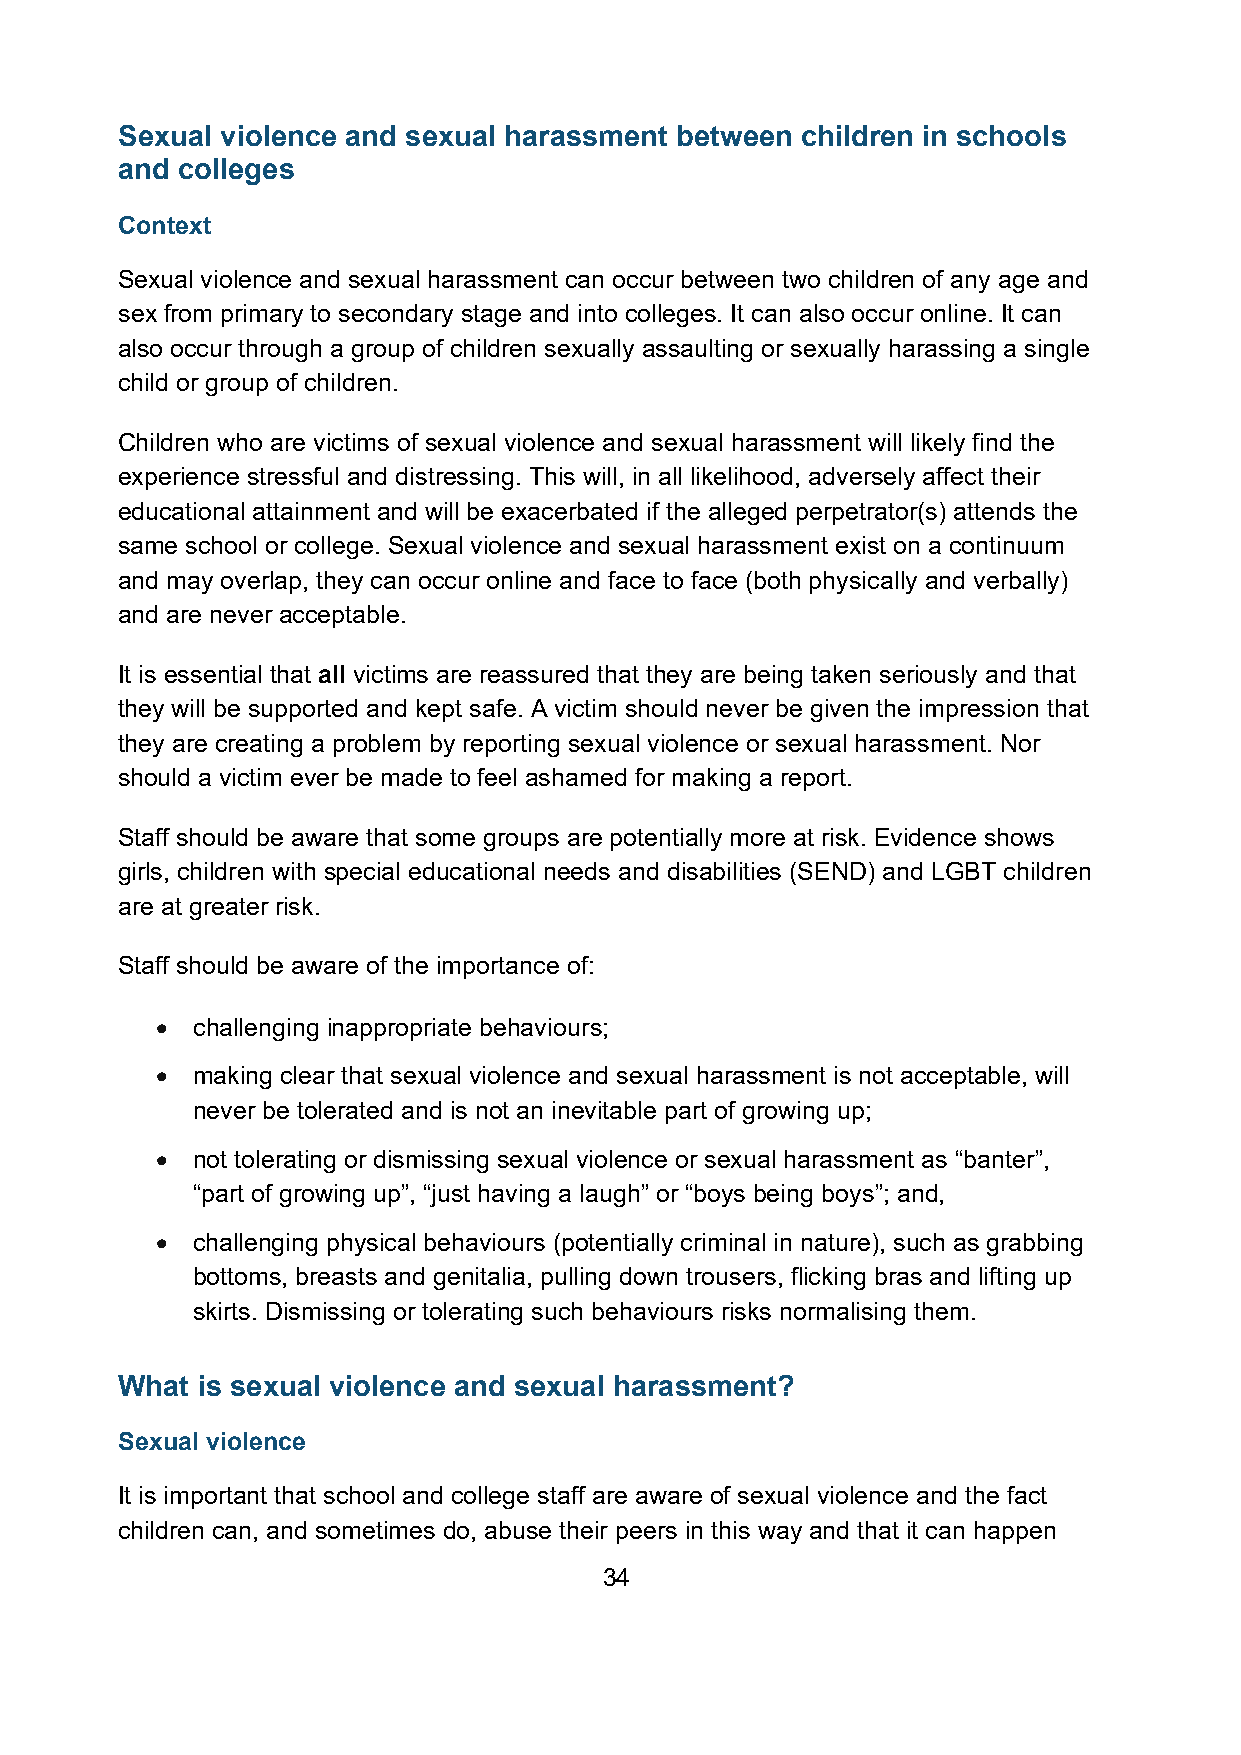
Sexual violence and sexual harassment between children in schools
 and colleges
 Context
 Sexual violence and sexual harassment can occur between two children of any age and
 sex from primary to secondary stage and into colleges. It can also occur online. It can
 also occur through a group of children sexually assaulting or sexually harassing a single
 child or group of children.
 Children who are victims of sexual violence and sexual harassment will likely find the
 experience stressful and distressing. This will, in all likelihood, adversely affect their
 educational attainment and will be exacerbated if the alleged perpetrator(s) attends the
 same school or college. Sexual violence and sexual harassment exist on a continuum
 and may overlap, they can occur online and face to face (both physically and verbally)
 and are never acceptable.
 It is essential that all victims are reassured that they are being taken seriously and that
 they will be supported and kept safe. A victim should never be given the impression that
 they are creating a problem by reporting sexual violence or sexual harassment. Nor
 should a victim ever be made to feel ashamed for making a report.
 Staff should be aware that some groups are potentially more at risk. Evidence shows
 girls, children with special educational needs and disabilities (SEND) and LGBT children
 are at greater risk.
 Staff should be aware of the importance of:
 •  challenging inappropriate behaviours;
 •  making clear that sexual violence and sexual harassment is not acceptable, will
 never be tolerated and is not an inevitable part of growing up;
 •  not tolerating or dismissing sexual violence or sexual harassment as “banter”,
 “part of growing up”, “just having a laugh” or “boys being boys”; and,
 •  challenging physical behaviours (potentially criminal in nature), such as grabbing
 bottoms, breasts and genitalia, pulling down trousers, flicking bras and lifting up
 skirts. Dismissing or tolerating such behaviours risks normalising them.
 What is sexual violence and sexual harassment?
 Sexual violence
 It is important that school and college staff are aware of sexual violence and the fact
 children can, and sometimes do, abuse their peers in this way and that it can happen
 34